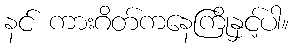
နင် ကားဂိတ်ကနေကြိုနှင့်ပါ။